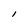
Character: I